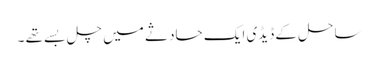
ساحل کے ڈیڈی ایک حادثے میں چل بسے تھے ۔